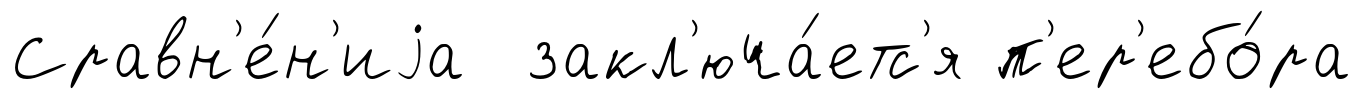
Сравн'е́н'иjа закл'юча́етс'я п'ер'ебо́ра